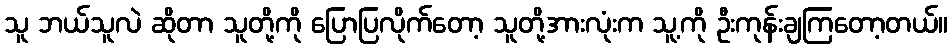
သူ ဘယ်သူလဲ ဆိုတာ သူတို့ကို ပြောပြလိုက်တော့ သူတို့အားလုံးက သူ့ကို ဦးကုန်းချကြတော့တယ်။